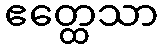
ဧတ္ထေသာ